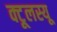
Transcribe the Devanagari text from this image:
क्टूलस्यू